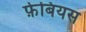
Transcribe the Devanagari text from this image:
फ़ेबियस